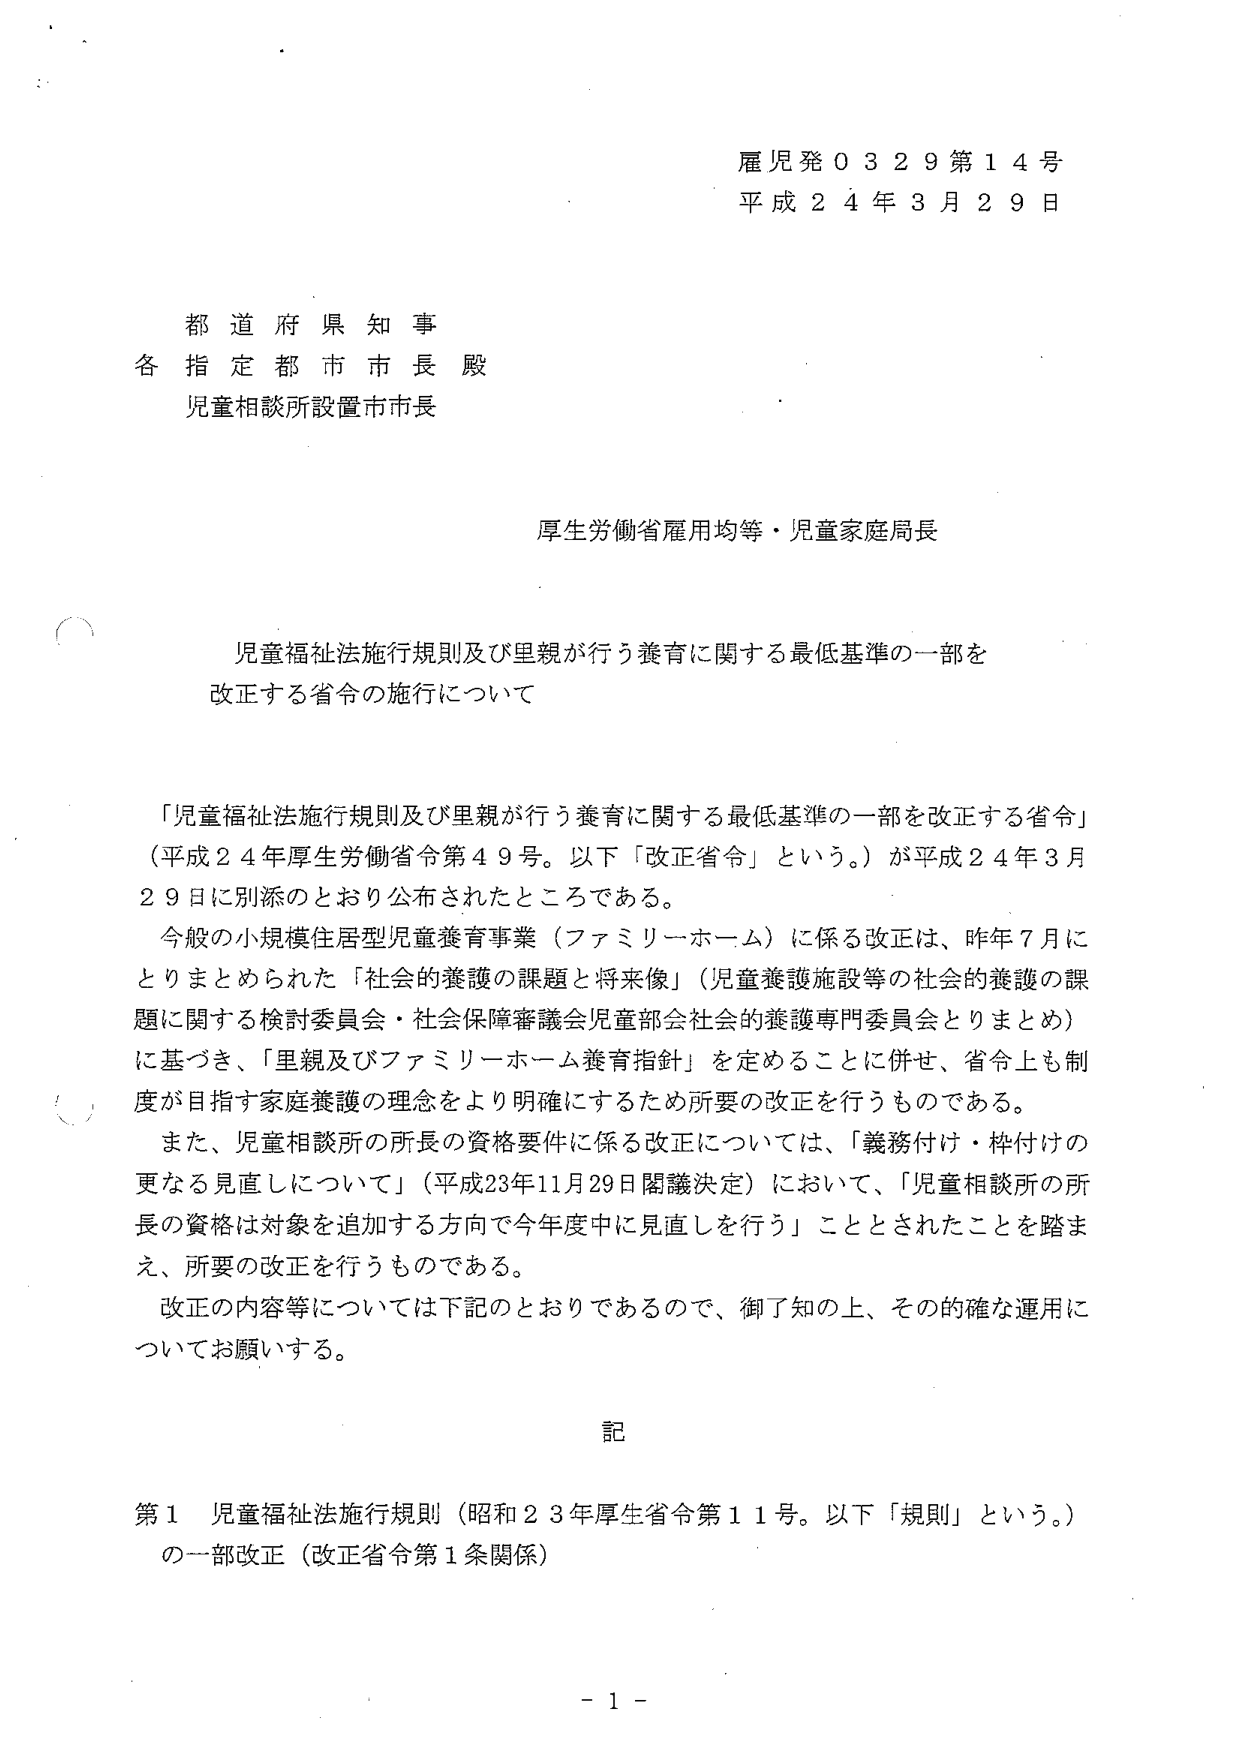
雇児発０３２９第１４号
平成２４年３月２９日

都道府県知事
各指定都市市長殿
児童相談所設置市市長

厚生労働省雇用均等・児童家庭局長

児童福祉法施行規則及び里親が行う養育に関する最低基準の一部を
改正する省令の施行について

「児童福祉法施行規則及び里親が行う養育に関する最低基準の一部を改正する省令」
（平成２４年厚生労働省令第４９号。以下「改正省令」という。）が平成２４年３月
２９日に別添のとおり公布されたところである。
今般の小規模住居型児童養育事業（ファミリーホーム）に係る改正は、昨年７月に
とりまとめられた「社会的養護の課題と将来像」（児童養護施設等の社会的養護の課
題に関する検討委員会・社会保障審議会児童部会社会的養護専門委員会とりまとめ）
に基づき、「里親及びファミリーホーム養育指針」を定めることに併せ、省令上も制
度が目指す家庭養護の理念をより明確にするため所要の改正を行うものである。
また、児童相談所の所長の資格要件に係る改正については、「義務付け・枠付けの
更なる見直しについて」（平成23年11月29日閣議決定）において、「児童相談所の所
長の資格は対象を追加する方向で今年度中に見直しを行う」こととされたことを踏ま
え、所要の改正を行うものである。
改正の内容等については下記のとおりであるので、御了知の上、その的確な運用に
ついてお願いする。

記

第１ 児童福祉法施行規則（昭和２３年厚生省令第１１号。以下「規則」という。）
の一部改正（改正省令第１条関係）

－１－